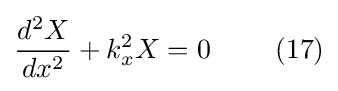
{\frac {d^{2}X}{dx^{2}}}+k_{x}^{2}X=0\ \ \ \ \ \ \ (17)